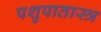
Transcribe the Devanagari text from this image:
पशुपातास्त्र